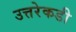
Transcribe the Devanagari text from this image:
उत्तरेकडी